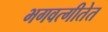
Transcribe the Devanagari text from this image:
भगवत्गीतेत